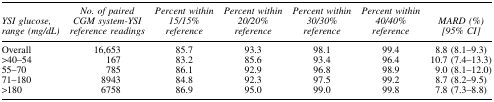
<table><thead><tr><td><b><i>YSI glucose, range (mg/dL)</i></b></td><td><b><i>No. of paired CGM system-YSI reference readings</i></b></td><td><b><i>Percent within 15/15% reference</i></b></td><td><b><i>Percent within 20/20% reference</i></b></td><td><b><i>Percent within 30/30% reference</i></b></td><td><b><i>Percent within 40/40% reference</i></b></td><td><b><i>MARD (%) [95% CI]</i></b></td></tr></thead><tbody><tr><td>Overall</td><td>16,653</td><td>85.7</td><td>93.3</td><td>98.1</td><td>99.4</td><td>8.8 (8.1–9.3)</td></tr><tr><td>&gt;40–54</td><td>167</td><td>83.2</td><td>85.6</td><td>93.4</td><td>96.4</td><td>10.7 (7.4–13.3)</td></tr><tr><td>55–70</td><td>785</td><td>86.1</td><td>92.9</td><td>96.8</td><td>98.9</td><td>9.0 (8.1–12.0)</td></tr><tr><td>71–180</td><td>8943</td><td>84.8</td><td>92.3</td><td>97.5</td><td>99.2</td><td>8.7 (8.2–9.5)</td></tr><tr><td>&gt;180</td><td>6758</td><td>86.9</td><td>95.0</td><td>99.0</td><td>99.8</td><td>7.8 (7.3–8.8)</td></tr></tbody></table>